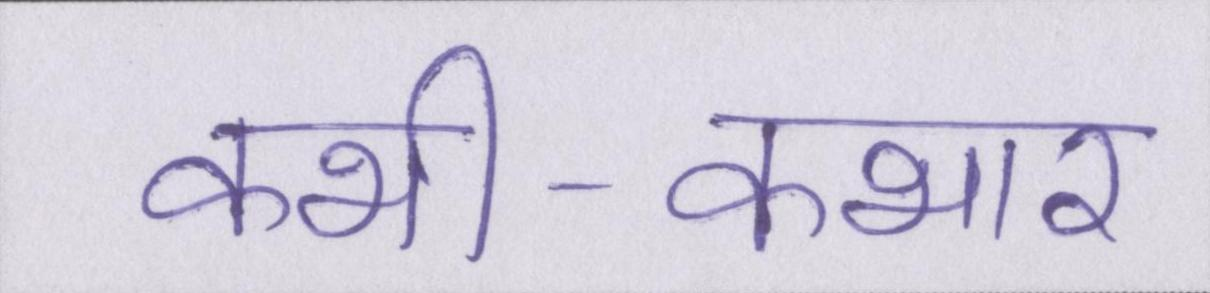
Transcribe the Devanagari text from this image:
कभी-कभार